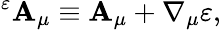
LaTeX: {}^{\varepsilon}\mathbf{A}_{\mu}\equiv\mathbf{A}_{\mu}+\nabla_{\mu}\varepsilon,